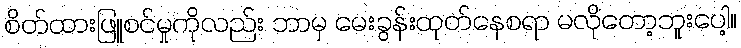
စိတ်ထားဖြူစင်မှုကိုလည်း ဘာမှ မေးခွန်းထုတ်နေစရာ မလိုတော့ဘူးပေါ့။